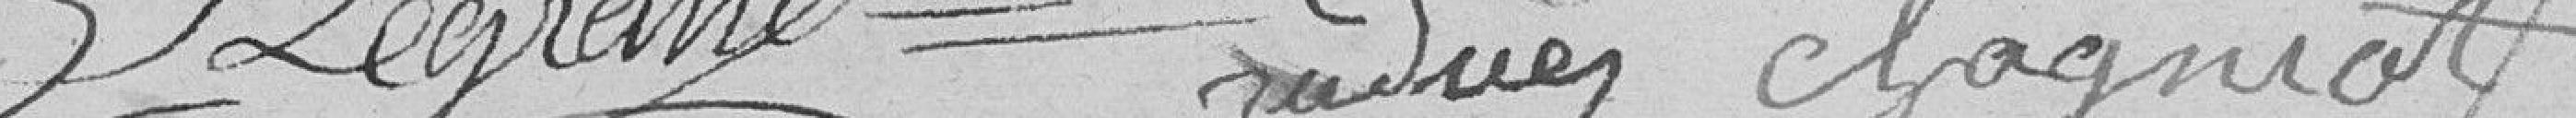
Legrand     Chagnot